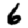
Digit: 6